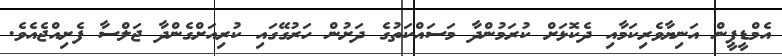
އެމްޑީޕީން އަނިޔާވެރިކަމާއި ދެކޮޅަށް ކުރަމުންދާ މަަސައްކަތުގެ ދަށުން ހަރުގޭގައި ކުރިއަށްގެންދާ ޖަލްސާ ފެށިއްޖެއެވެ.